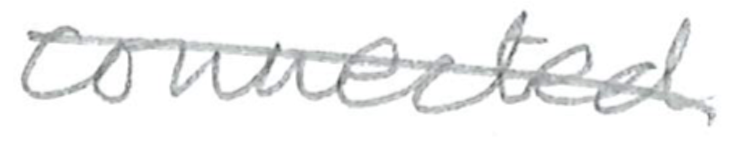
Text: connected
Cross-out: mix
Writing tool: pencil